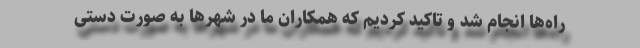
راه‌ها انجام شد و تاکید کردیم که همکاران ما در شهرها به صورت دستی